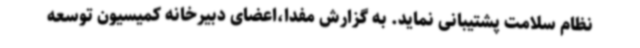
نظام سلامت پشتیبانی نماید. به گزارش مفدا،اعضای دبیرخانه کمیسیون توسعه